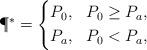
LaTeX: \begin{align*}\P^* =\left\{\begin{aligned}&P_0, && P_0 \geq P_a, \\&P_a, && P_0 < P_a,\end{aligned}\right.\end{align*}